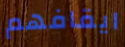
ايقافهم